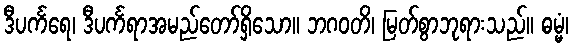
ဒီပင်္ကရေ၊ ဒီပင်္ကရာအမည်တော်ရှိသော။ ဘဂဝတိ၊ မြတ်စွာဘုရားသည်။ ဓမ္မံ၊